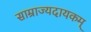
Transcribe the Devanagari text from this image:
साम्राज्यदायकम्